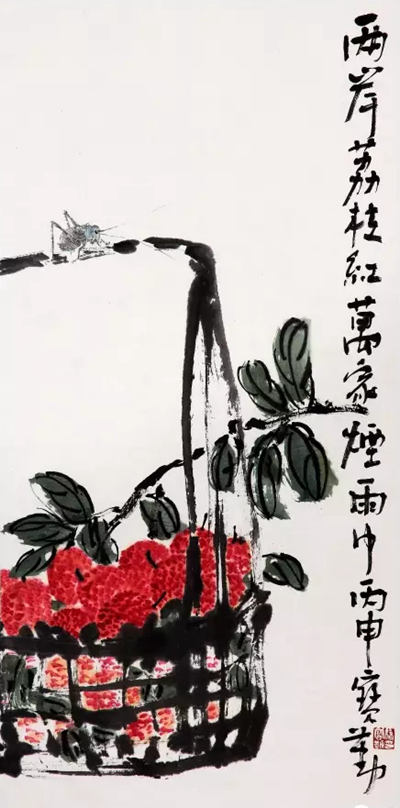
两岸荔枝红，万家烟雨中。